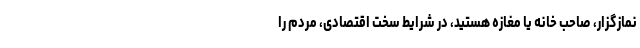
نمازگزار، صاحب خانه یا مغازه هستید، در شرایط سخت اقتصادی، مردم را